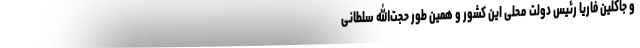
و جاکلین فاریا رئیس دولت محلی این کشور و همین طور حجت‌الله سلطانی